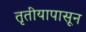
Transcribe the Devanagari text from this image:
तृतीयापासून